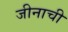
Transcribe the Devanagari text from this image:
जीनाची